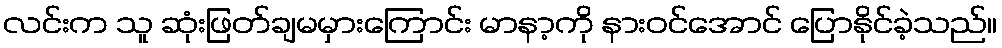
လင်းက သူ ဆုံးဖြတ်ချမမှားကြောင်း မာနာ့ကို နားဝင်အောင် ပြောနိုင်ခဲ့သည်။